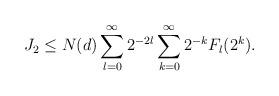
LaTeX: \begin{align*}&J_2 \le N (d) \sum_{l =0}^\infty 2^{ -2 l } \sum_{k = 0}^\infty 2^{-k} F_l (2^k).\end{align*}